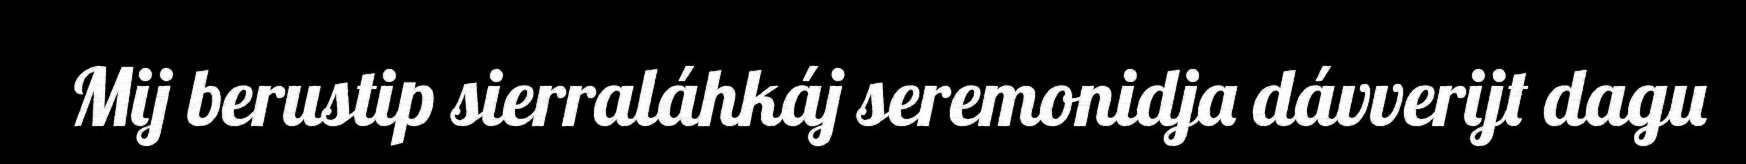
Mij berustip sierraláhkáj seremonidja dávverijt dagu